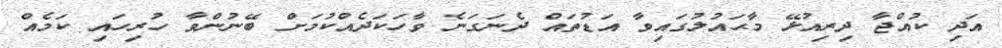
އަދި ކުއްޖާ ދިރިއުޅޭ މާޙައުލުގައިވާ އަޑުތައް ދެނަގަނެ ވާހަކަދެއްކުމަށް ބޭނުންވާ ހުރިހައި ކަމެއް